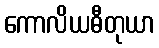
ကောလိယဓီတုယာ